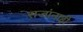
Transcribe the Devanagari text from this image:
राजांनाही